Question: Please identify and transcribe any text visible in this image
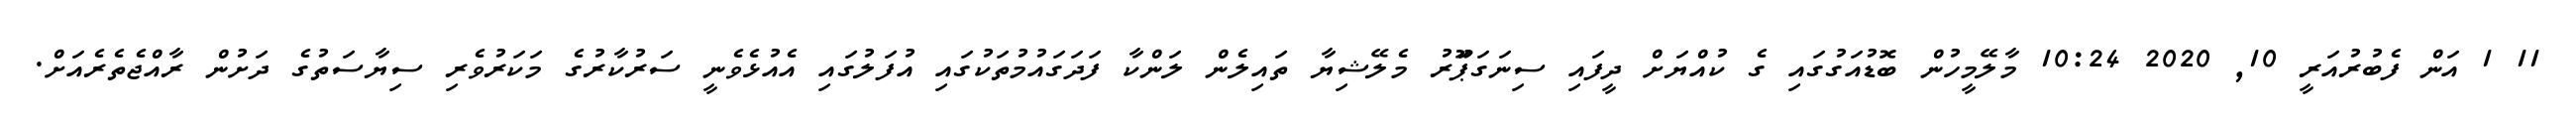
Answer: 11 1 އަން ފެބުރުއަރީ 10, 2020 10:24 މާލޭމީހުން ބޮޑުއަގުގައި ގެ ކުއްޔަށް ދީފައި ސިނަގަޕަޫރު މެލޭޝިޔާ ތައިލެން ލަންކާ ފަދަގައުމުތަކުގައި އުފަލުގައި އެއުޅެވެނީ ސަރުކާރުގެ މަކަރުވެރި ސިޔާސަތުގެ ދަށުން ރާއްޖެތެރެއަށް.